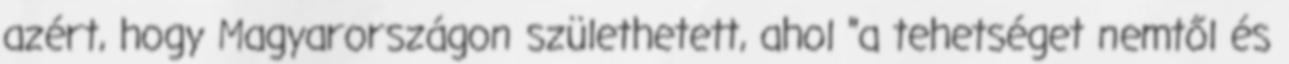
azért, hogy Magyarországon születhetett, ahol "a tehetséget nemtől és